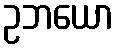
ဥဘယော